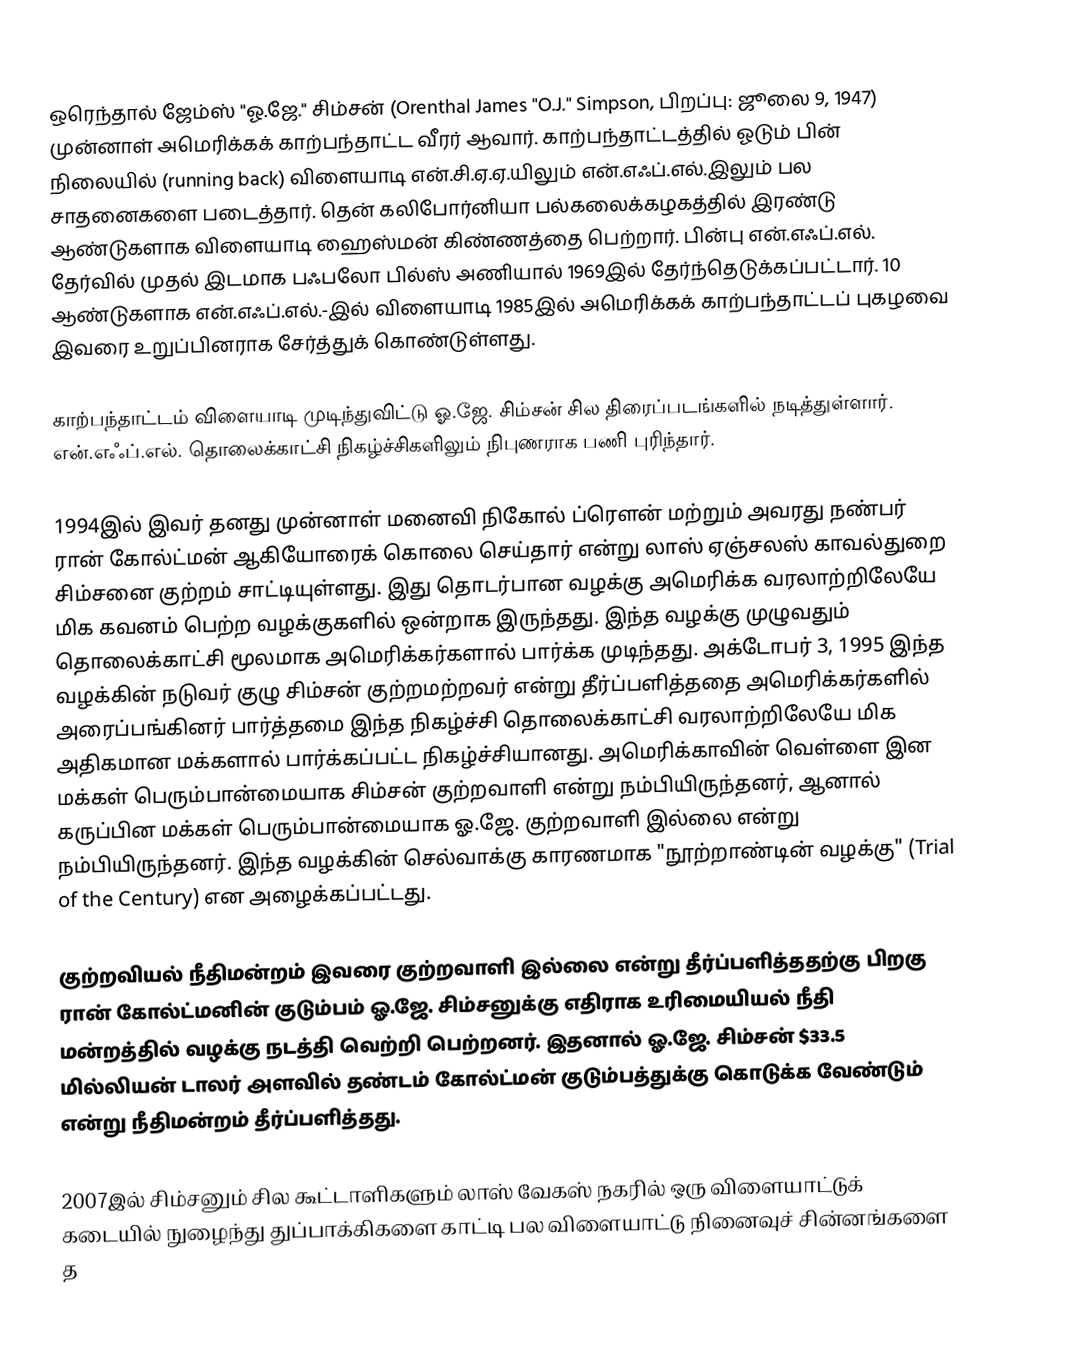
ஒரெந்தால் ஜேம்ஸ் "ஓ.ஜே." சிம்சன் (Orenthal James "O.J." Simpson, பிறப்பு: ஜூலை 9, 1947) முன்னாள் அமெரிக்கக் காற்பந்தாட்ட வீரர் ஆவார். காற்பந்தாட்டத்தில் ஓடும் பின் நிலையில் (running back) விளையாடி என்.சி.ஏ.ஏ.யிலும் என்.எஃப்.எல்.இலும் பல சாதனைகளை படைத்தார். தென் கலிபோர்னியா பல்கலைக்கழகத்தில் இரண்டு ஆண்டுகளாக விளையாடி ஹைஸ்மன் கிண்ணத்தை பெற்றார். பின்பு என்.எஃப்.எல். தேர்வில் முதல் இடமாக பஃபலோ பில்ஸ் அணியால் 1969இல் தேர்ந்தெடுக்கப்பட்டார். 10 ஆண்டுகளாக என்.எஃப்.எல்.-இல் விளையாடி 1985இல் அமெரிக்கக் காற்பந்தாட்டப் புகழவை இவரை உறுப்பினராக சேர்த்துக் கொண்டுள்ளது.

காற்பந்தாட்டம் விளையாடி முடிந்துவிட்டு ஓ.ஜே. சிம்சன் சில திரைப்படங்களில் நடித்துள்ளார். என்.எஃப்.எல். தொலைக்காட்சி நிகழ்ச்சிகளிலும் நிபுணராக பணி புரிந்தார்.

1994இல் இவர் தனது முன்னாள் மனைவி நிகோல் ப்ரௌன் மற்றும் அவரது நண்பர் ரான் கோல்ட்மன் ஆகியோரைக் கொலை செய்தார் என்று லாஸ் ஏஞ்சலஸ் காவல்துறை சிம்சனை குற்றம் சாட்டியுள்ளது. இது தொடர்பான வழக்கு அமெரிக்க வரலாற்றிலேயே மிக கவனம் பெற்ற வழக்குகளில் ஒன்றாக இருந்தது. இந்த வழக்கு முழுவதும் தொலைக்காட்சி மூலமாக அமெரிக்கர்களால் பார்க்க முடிந்தது. அக்டோபர் 3, 1995 இந்த வழக்கின் நடுவர் குழு சிம்சன் குற்றமற்றவர் என்று தீர்ப்பளித்ததை அமெரிக்கர்களில் அரைப்பங்கினர் பார்த்தமை இந்த நிகழ்ச்சி தொலைக்காட்சி வரலாற்றிலேயே மிக அதிகமான மக்களால் பார்க்கப்பட்ட நிகழ்ச்சியானது. அமெரிக்காவின் வெள்ளை இன மக்கள் பெரும்பான்மையாக சிம்சன் குற்றவாளி என்று நம்பியிருந்தனர், ஆனால் கருப்பின மக்கள் பெரும்பான்மையாக ஓ.ஜே. குற்றவாளி இல்லை என்று நம்பியிருந்தனர். இந்த வழக்கின் செல்வாக்கு காரணமாக "நூற்றாண்டின் வழக்கு" (Trial of the Century) என அழைக்கப்பட்டது.

குற்றவியல் நீதிமன்றம் இவரை குற்றவாளி இல்லை என்று தீர்ப்பளித்ததற்கு பிறகு ரான் கோல்ட்மனின் குடும்பம் ஓ.ஜே. சிம்சனுக்கு எதிராக உரிமையியல் நீதி மன்றத்தில் வழக்கு நடத்தி வெற்றி பெற்றனர். இதனால் ஓ.ஜே. சிம்சன் $33.5 மில்லியன் டாலர் அளவில் தண்டம் கோல்ட்மன் குடும்பத்துக்கு கொடுக்க வேண்டும் என்று நீதிமன்றம் தீர்ப்பளித்தது.

2007இல் சிம்சனும் சில கூட்டாளிகளும் லாஸ் வேகஸ் நகரில் ஒரு விளையாட்டுக் கடையில் நுழைந்து துப்பாக்கிகளை காட்டி பல விளையாட்டு நினைவுச் சின்னங்களை த